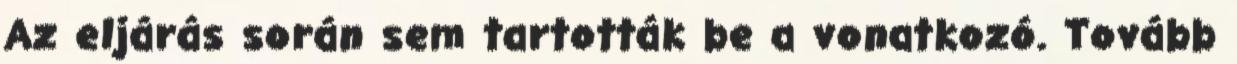
Az eljárás során sem tartották be a vonatkozó. Tovább